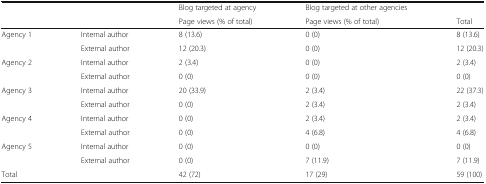
<table><thead><tr><td rowspan="2" colspan="2"></td><td><b>Blog targeted at agency</b></td><td><b>Blog targeted at other agencies</b></td><td></td></tr><tr><td><b>Page views (% of total)</b></td><td><b>Page views (% of total)</b></td><td><b>Total</b></td></tr></thead><tbody><tr><td rowspan="2">Agency 1</td><td>Internal author</td><td>8 (13.6)</td><td>0 (0)</td><td>8 (13.6)</td></tr><tr><td>External author</td><td>12 (20.3)</td><td>0 (0)</td><td>12 (20.3)</td></tr><tr><td rowspan="2">Agency 2</td><td>Internal author</td><td>2 (3.4)</td><td>0 (0)</td><td>2 (3.4)</td></tr><tr><td>External author</td><td>0 (0)</td><td>0 (0)</td><td>0 (0)</td></tr><tr><td rowspan="2">Agency 3</td><td>Internal author</td><td>20 (33.9)</td><td>2 (3.4)</td><td>22 (37.3)</td></tr><tr><td>External author</td><td>0 (0)</td><td>2 (3.4)</td><td>2 (3.4)</td></tr><tr><td rowspan="2">Agency 4</td><td>Internal author</td><td>0 (0)</td><td>2 (3.4)</td><td>2 (3.4)</td></tr><tr><td>External author</td><td>0 (0)</td><td>4 (6.8)</td><td>4 (6.8)</td></tr><tr><td rowspan="2">Agency 5</td><td>Internal author</td><td>0 (0)</td><td>0 (0)</td><td>0 (0)</td></tr><tr><td>External author</td><td>0 (0)</td><td>7 (11.9)</td><td>7 (11.9)</td></tr><tr><td>Total</td><td></td><td>42 (72)</td><td>17 (29)</td><td>59 (100)</td></tr></tbody></table>